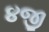
૪જી